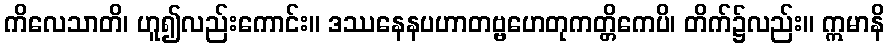
ကိလေသာတိ၊ ဟူ၍လည်းကောင်း။ ဒဿနေနပဟာတဗ္ဗဟေတုကတ္တိကေပိ၊ တိက်၌လည်း။ ဣမာနိ